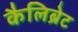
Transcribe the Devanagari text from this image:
कैलिब्रेट